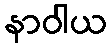
နာဝါယ